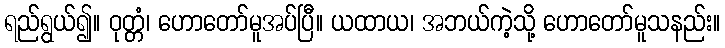
ရည်ရွယ်၍။ ဝုတ္တံ၊ ဟောတော်မူအပ်ပြီ။ ယထာယ၊ အဘယ်ကဲ့သို့ ဟောတော်မူသနည်း။